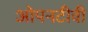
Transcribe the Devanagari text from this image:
ओपनटीवी